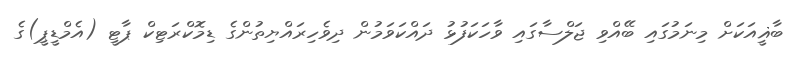
ބާޣީއަކަށް މިނަމުގައި ބޭއްވި ޖަލްސާގައި ވާހަކަފުޅު ދައްކަވަމުން ދިވެހިރައްޔިތުންގެ ޑިމޮކްރަޓިކް ޕާޓީ (އެމްޑީޕީ)ގެ